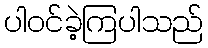
ပါဝင်ခဲ့ကြပါသည်